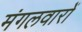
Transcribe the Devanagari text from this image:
मंगलवारों